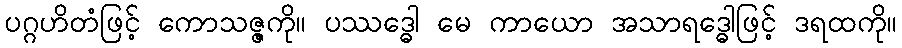
ပဂ္ဂဟိတံဖြင့် ကောသဇ္ဇကို။ ပဿဒ္ဓေါ မေ ကာယော အသာရဒ္ဓေါဖြင့် ဒရထကို။